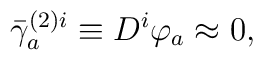
\bar{\gamma}_{a}^{(2)i}\equiv D^{i}\varphi _{a}\approx 0,